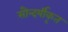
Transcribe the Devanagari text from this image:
सौन्दर्यीकृत